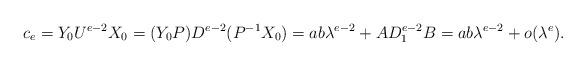
LaTeX: \begin{align*}c_e = Y_0 U^{e-2} X_0 = (Y_0 P) D^{e-2} (P^{-1} X_0) = ab\lambda^{e-2} + AD_1^{e-2}B=ab\lambda^{e-2}+o(\lambda^{e}). \end{align*}